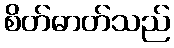
စိတ်ဓာတ်သည်